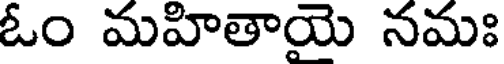
ఓం మహితాయై నమః